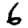
Digit: 6